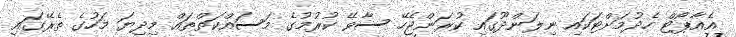
އެެއާޕޯޓް ހެދުމަށްޓަކައި ނިލަންދޫގައި ކުރަންޖެހޭ ސާވޭ ކުރުމުގެ މަސައްކަތްތައް މިދިޔަ މަހުގެ ތެރޭގައި